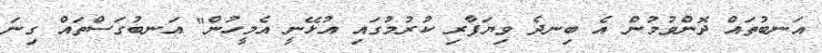
އަނބުތައް ދޮންވުމުން އެ ބިނދެ ވިޔަފާރި ކުރުމުގައި އުޅޭނީ އެމީހުން" އަނބުގަސްތައް ގިނަ